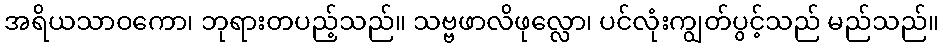
အရိယသာဝကော၊ ဘုရားတပည့်သည်။ သဗ္ဗဖာလိဖုလ္လော၊ ပင်လုံးကျွတ်ပွင့်သည် မည်သည်။